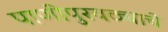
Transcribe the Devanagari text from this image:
पाणीपुरवठ्याचे